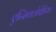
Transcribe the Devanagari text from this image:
एन्सिक्लोपेडिया